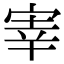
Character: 𫳐